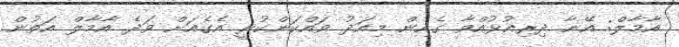
އާމާލް: އޭނާ ދިރިއުޅުއްވާ ގެއިން މިއަދު ވައްކަންކުރީ އެގެއަށް ވަދެ އާމާލް އަތުން